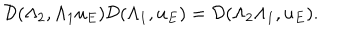
LaTeX: \mathcal { D } ( { \Lambda } _ { 2 } , { \Lambda } _ { 1 } u _ { E } ) \mathcal { D } ( { \Lambda } _ { 1 } , u _ { E } ) = \mathcal { D } ( { \Lambda } _ { 2 } { \Lambda } _ { 1 } , u _ { E } ) .